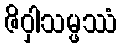
ဇိဝှါသမ္ဖဿံ